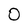
Character: 0